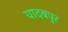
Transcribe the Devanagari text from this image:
यादबपुर